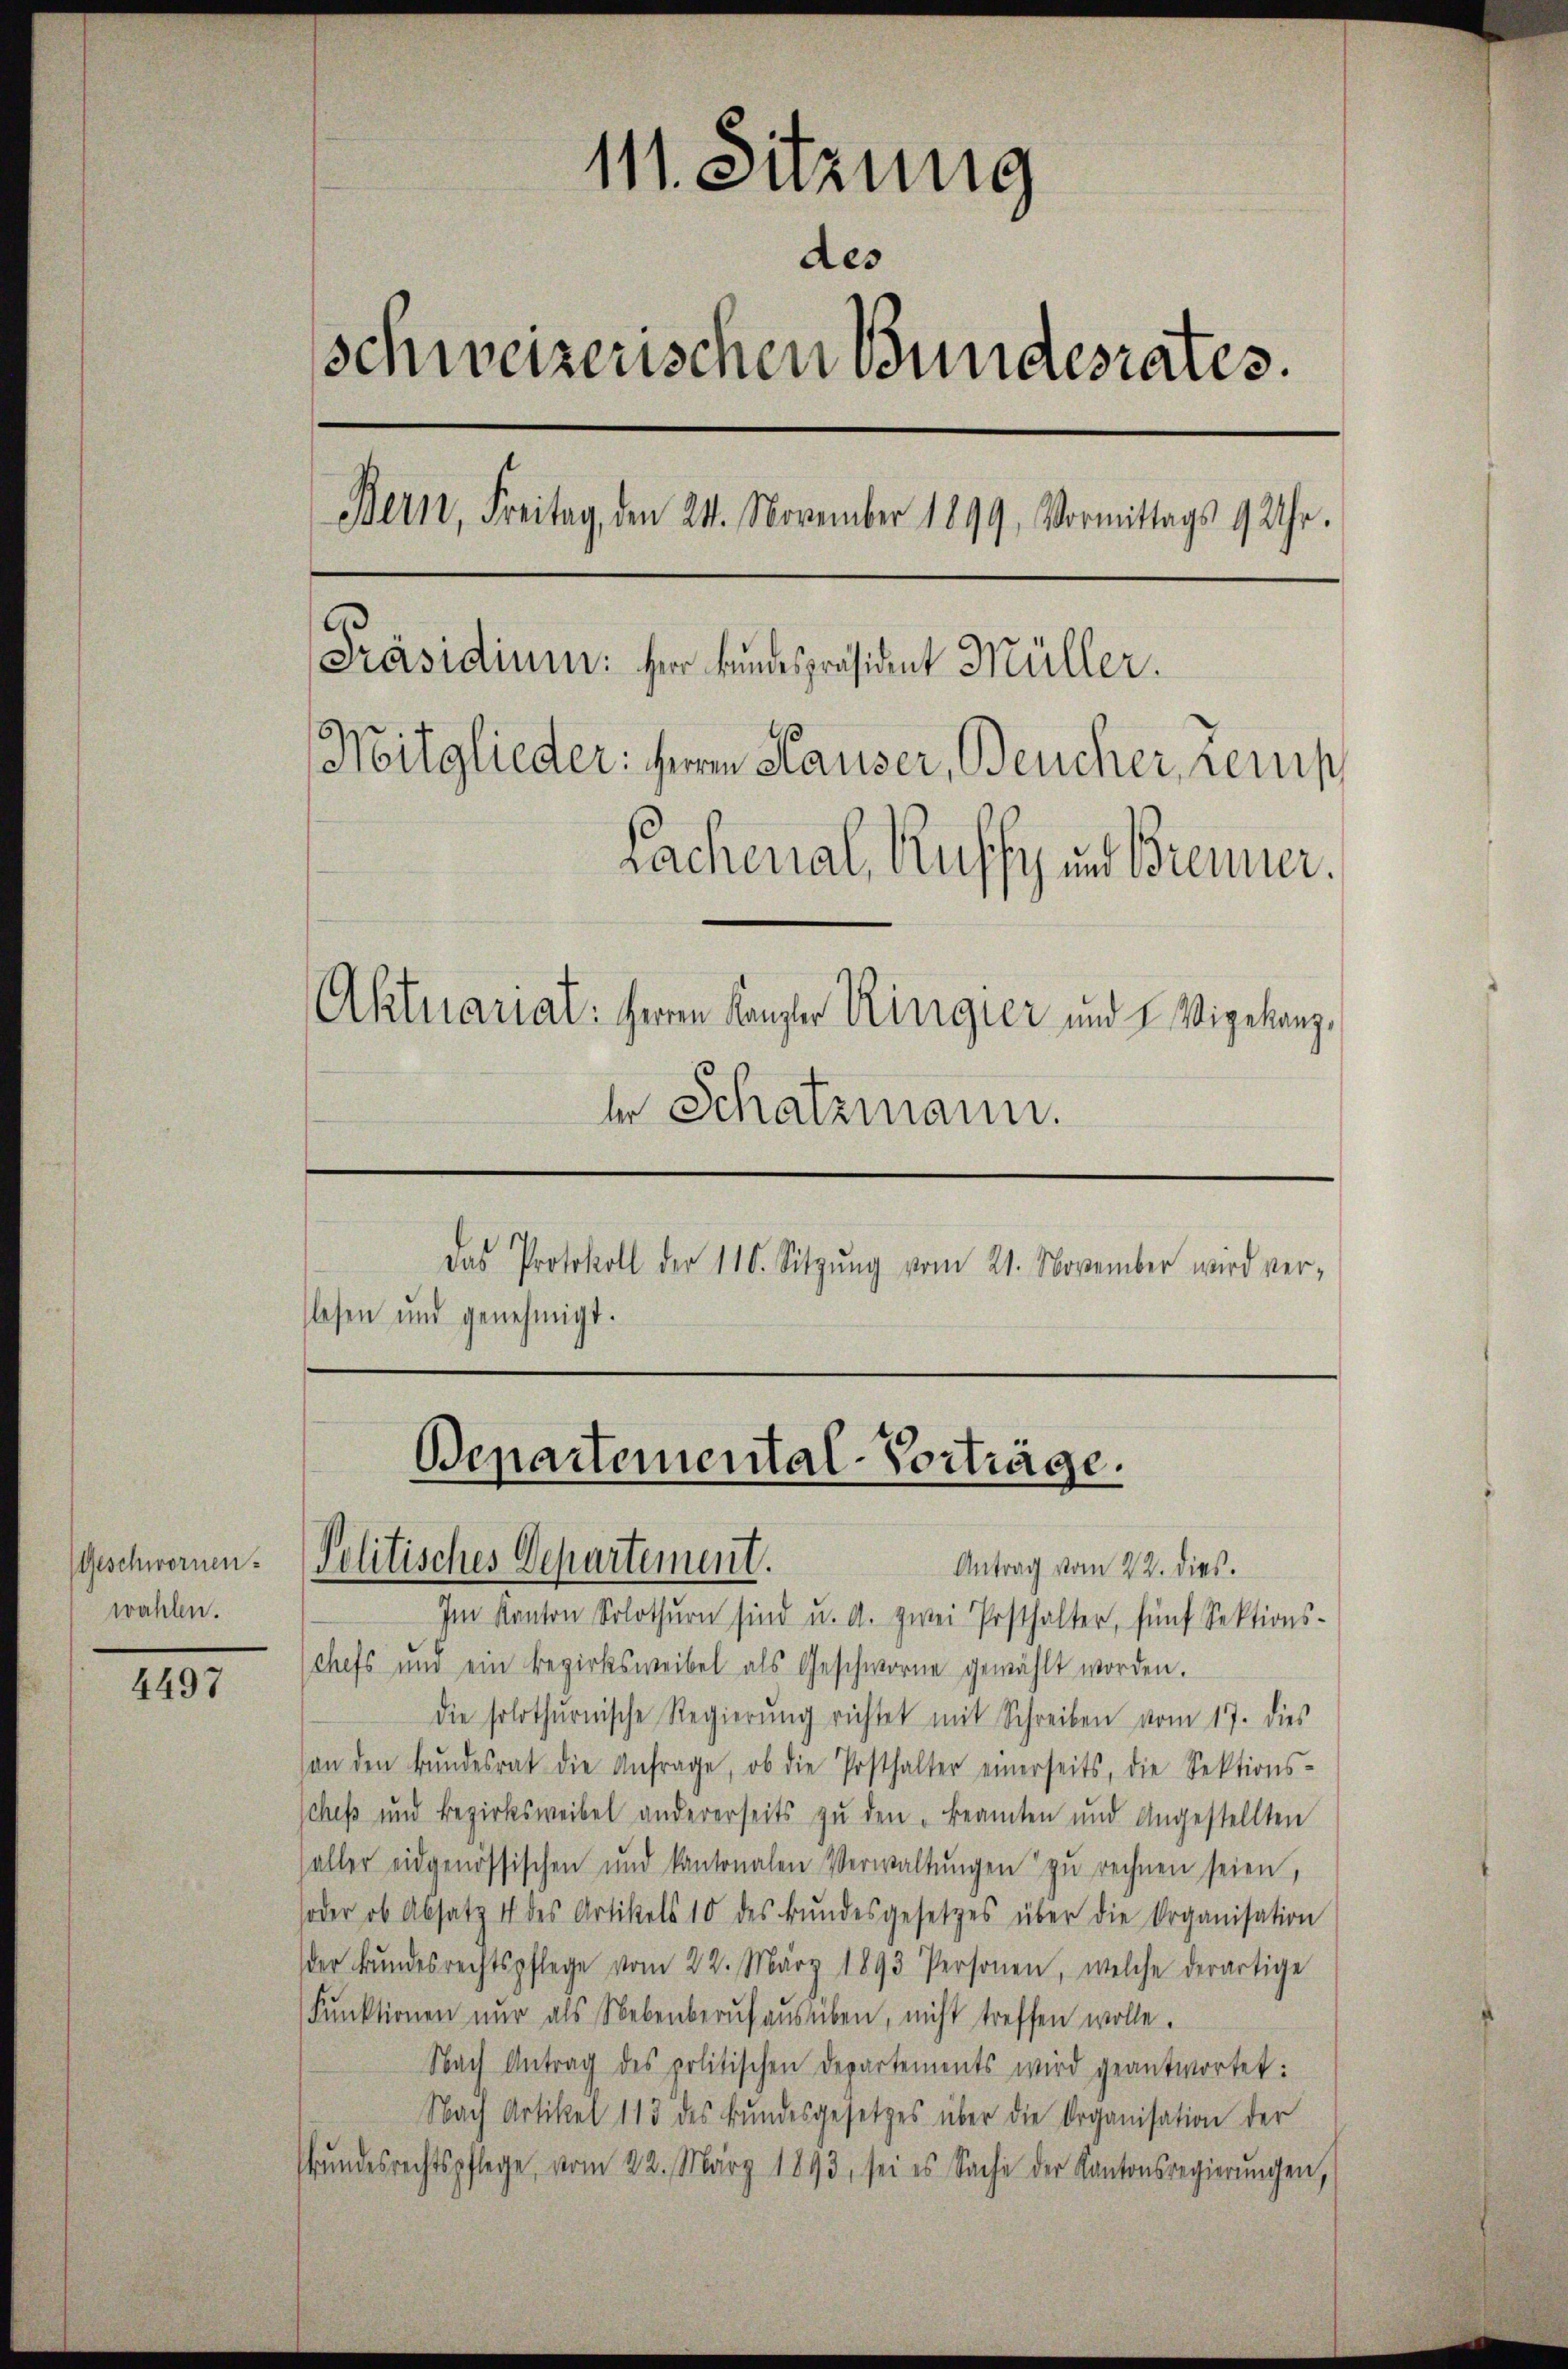
Geschwornen.
wahlen.

4497

111. Sitzung
des
schweizerischen Bundesrates.
Bern, Freitag, den 24. November 1899. Vormittags 9 Uhr.
[Präsidium. Herr kundespräsident Müller.
Mitglieder: Herrn Hauser, Beucher, Temp
Sachenal, Kuffy und Brenner.
Aktuarial: Herrn Kanzler Ringier und u. Wigekanzer Schatzmann.

slesen und genehmigt.

Das Protokoll der 116. Sitzŭng vom 21. November wird ver-

Bepartemental-Vorträge.
Politisches Departement.
Antrag vom 22. dies.

Im Kanton Solothurn sind u. a. zwei Posthalter, fünf Sektions-
chefs und ein Bezirksweibel als Geschworne gewählt worden.
die solothurnische Regierŭng richtet mit Schreiben vom 17. dies
an den Bŭndesrat die Anfrage, ob die Posthalter einerseits, die Sektions-
sches und Bezirksweibel andererseits zŭ den Beamten und Angestellten
aller eidgenössischen und kantonalen Verwaltŭngen zŭ rechnen seien,
soder ob Absatz 4 des Artikels 10 des Bŭndesgesetzes über die Organisation
der Bŭndesrechtspflege vom 22. März 1893 Personen, welche derartige
Fŭnktionen nŭr als Nebenberŭf aŭsüben, nicht treffen wolle.
Nach Antrag des politischen Departements wird geantwortet:
Nach Artikel 113 des Bundesgesetzes über die Organisation der
ŭndesrechtspflege, vom 22. März 1893, sei es Sache der Kantonsregierŭngen,